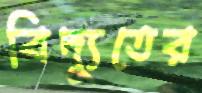
বিদ্যুতের